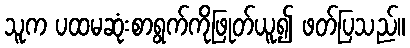
သူက ပထမဆုံးစာရွက်ကိုဖြုတ်ယူ၍ ဖတ်ပြသည်။